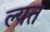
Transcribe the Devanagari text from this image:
ल्यत